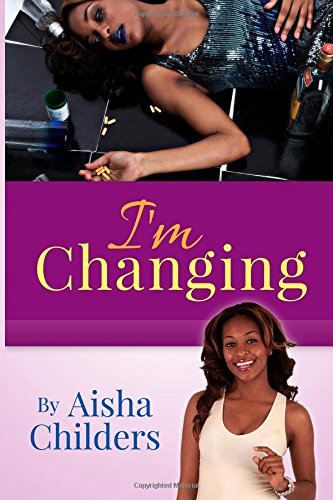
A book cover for I'm Changing; Aisha Childers; Health, Fitness & Dieting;